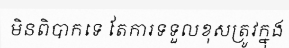
មិនពិបាកទេ តែការទទួលខុសត្រូវក្នុង